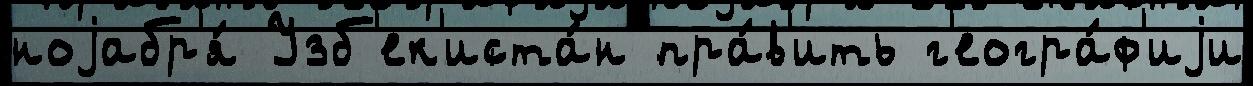
ноjабр'я́ Узб'ек'иста́н пра́в'ить г'еогра́ф'иjи